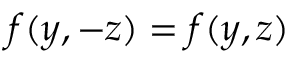
f ( y , - z ) = f ( y , z )